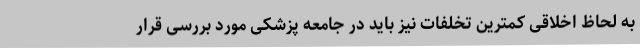
به لحاظ اخلاقی کمترین تخلفات نیز باید در جامعه پزشکی مورد بررسی قرار